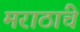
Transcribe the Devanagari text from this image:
मराठांचे